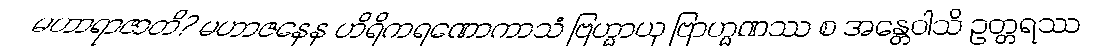
မဟာရာဇာတိ? မဟာဇနေန ဟိရိကရဏောကာသံ ဗြဟ္မာယု ဗြာဟ္မဏဿ စ အန္တေဝါသိ ဥတ္တရဿ